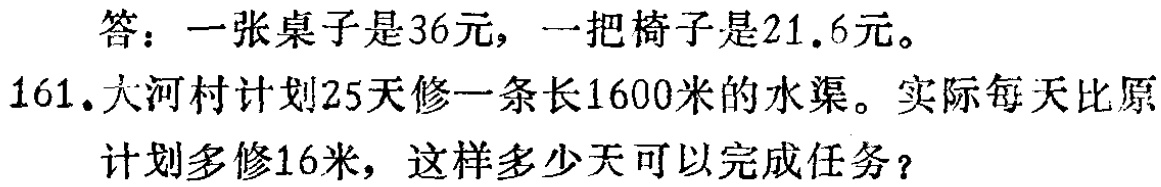
答：一张桌子是36元，一把椅子是21.6元。
161.大河村计划25天修一条长1600米的水渠。实际每天比原
计划多修16米，这样多少天可以完成任务？